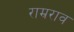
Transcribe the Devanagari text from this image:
राम्रराव